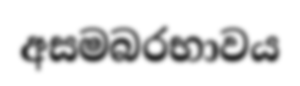
අසමබරභාවය